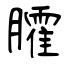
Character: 臛